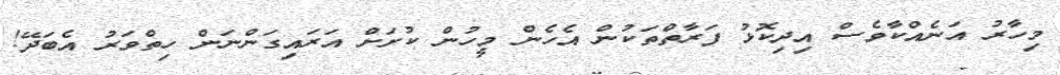
މިހާރު އަނެއްކާވެސް އިދިކޮޅު ފަރާތްތަކުން އެހެން މީހުން ކުށަށް އަރައިގަންނަން ހިތްވަރު އެބަދޭ!